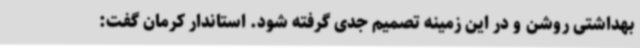
بهداشتی روشن و در این زمینه تصمیم جدی گرفته شود. استاندار کرمان گفت: